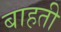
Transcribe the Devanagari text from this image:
बाहती